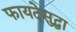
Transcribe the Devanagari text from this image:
फायदेसुद्धा